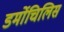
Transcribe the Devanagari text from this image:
डर्मोचिलिस